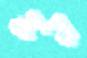
স্কয়